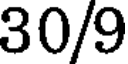
30/9